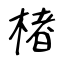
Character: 楮